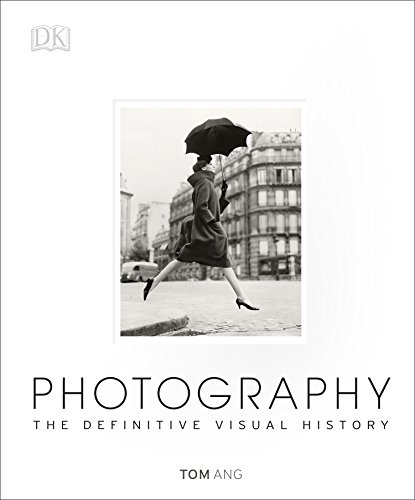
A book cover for Photography: The Definitive Visual History; Tom Ang; Arts & Photography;